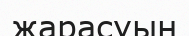
жарасуын